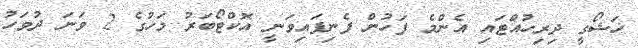
ޚަޝޯގީ ދިރިހުއްޓައި އެންމެ ފަހުން ފެނިފައިވަނީ އޮކްޓޯބަރު މަހުގެ 2 ވަނަ ދުވަހު